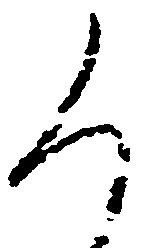
く